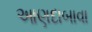
આણદાબાવા